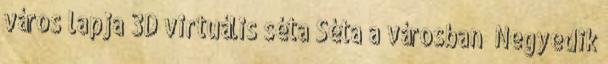
város lapja 3D virtuális séta Séta a városban „Negyedik